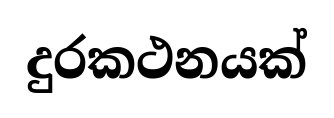
දුරකථනයක්